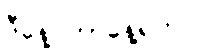
ဒီနေ့ ဘာနေ့ရက်လဲ။